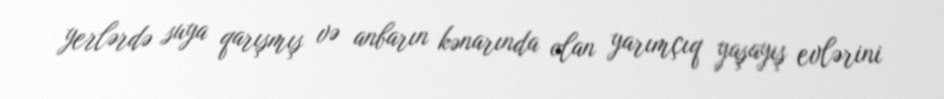
yerlərdə suya qarışmış və anbarın kənarında olan yarımçıq yaşayış evlərini